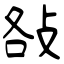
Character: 𢼛